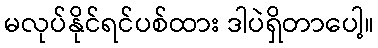
မလုပ်နိုင်ရင်ပစ်ထား ဒါပဲရှိတာပေါ့။